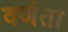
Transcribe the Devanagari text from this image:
वर्णता